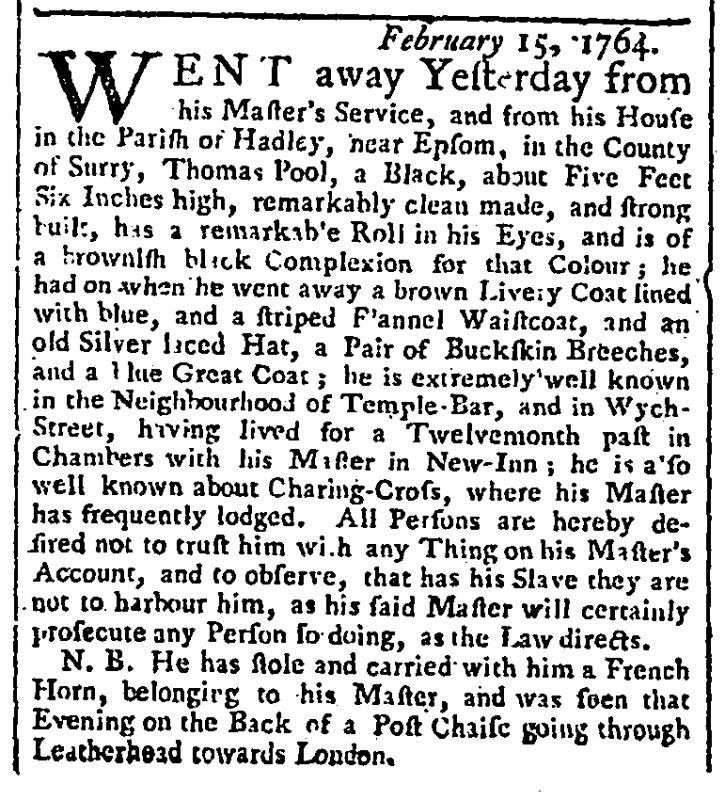
Gazetteer and London Daily Advertiser, 24 February 1764 (England)
                            February 15, 1764.WENT away Yesterday from his Master’s Service, and from his House in the Parish of Hadley, near Epsom, in the County of Surry, Thomas Pool, a Black, about Five Feet Six Inches high, remarkably clean made, and strong built, has a remarkable Roll in his Eyes, and is of a brownish black Complexion for that Colour; he had on when he went away a brown Livery Coat lined with blue, and a striped Flannel Waistcoat, and an old Silver laced Hat, a Pair of Buckskin Breeches, and a blue Great Coat; he is extremely well known in the Neighbourhood of Temple-Bar, and in Wych-Street, having lived for a Twelvemonth past in Chambers with his Master in New-Inn; he is also well known about Charing-Cross, where his Master has frequently lodged. All Persons are hereby desired not to trust him with any Thing on his Master’s Account, and to observe, that has his Slave they are not to harbour him, as his said Master will certainly prosecute any Person so doing, as the Law directs.  N.B. He has stole and carried with him a French Horn, belonging to his Master, and was seen that Evening on the Back of a Post Chaise going through Leatherhead towards London.